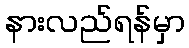
နားလည်ရန်မှာ